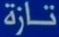
تازة